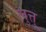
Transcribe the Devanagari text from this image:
लुत्तु